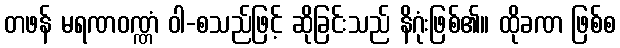
တဖန် မရဏဝဏ္ဏံ ဝါ-စသည်ဖြင့် ဆိုခြင်းသည် နိဂုံးဖြစ်၏။ ထိုခဏ ဖြစ်စ